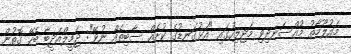
މައުލޫމާތު މުއްސަނދިވި މަޖިލިހުގައި "އަޅުގަނޑުގެ ކުށެއް ސާބިތެއް ނުވޭ": ޖަމީލްއަދީބާ ބެހޭ ގޮތުން